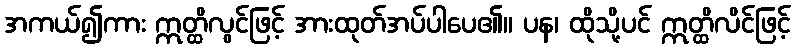
အကယ်၍ကား ဣတ္ထိလွင်ဖြင့် အားထုတ်အပ်ပါပေ၏။ ပန၊ ထိုသို့ပင် ဣတ္ထိလိင်ဖြင့်